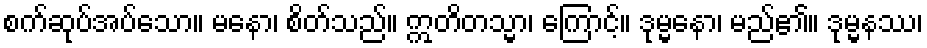
စက်ဆုပ်အပ်သော။ မနော၊ စိတ်သည်။ ဣတိတသ္မာ၊ ကြောင့်။ ဒုမ္မနော၊ မည်၏။ ဒုမ္မနဿ၊